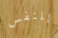
للنفس